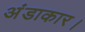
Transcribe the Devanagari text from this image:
अंडाकार।